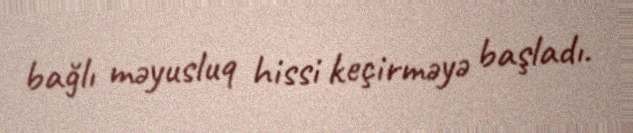
bağlı məyusluq hissi keçirməyə başladı.